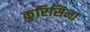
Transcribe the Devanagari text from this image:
कुरिसिना